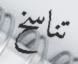
تناسخ